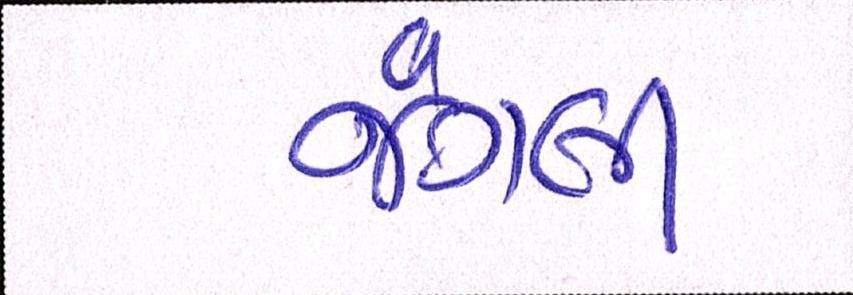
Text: જંગલી